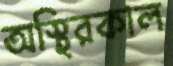
অস্থিরকাল